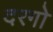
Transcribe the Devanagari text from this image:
दरगो